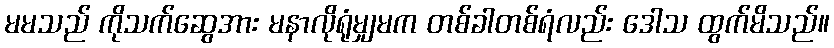
မမသည် ကိုသက်ဆွေအား မနာလိုရုံမျှမက တစ်ခါတစ်ရံလည်း ဒေါသ ထွက်မိသည်။